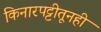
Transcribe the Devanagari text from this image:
किनारपट्टीतूनही